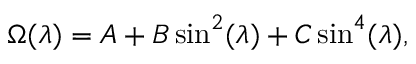
\Omega ( \lambda ) = A + B \sin ^ { 2 } ( \lambda ) + C \sin ^ { 4 } ( \lambda ) ,